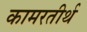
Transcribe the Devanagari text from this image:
कामरतीर्थ